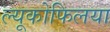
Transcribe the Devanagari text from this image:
ल्यूकोफिलया